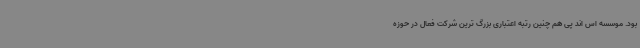
بود. موسسه اس اند پی هم چنین رتبه اعتباری بزرگ ترین شرکت فعال در حوزه